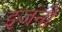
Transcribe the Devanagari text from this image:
इजंनो